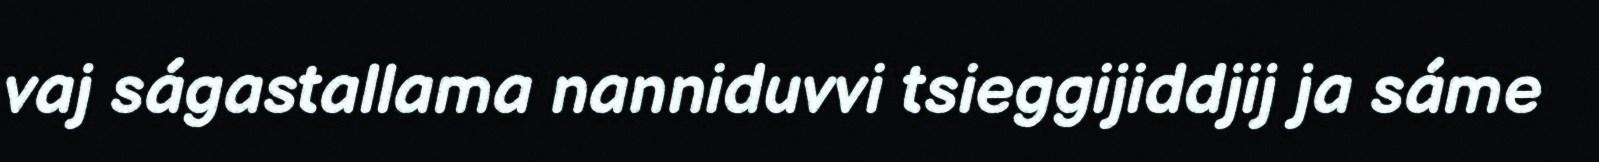
vaj ságastallama nanniduvvi tsieggijiddjij ja sáme